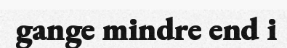
gange mindre end i